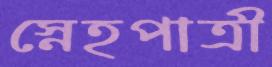
স্নেহপাত্রী